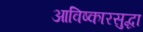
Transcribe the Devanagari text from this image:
आविष्कारसुद्धा